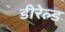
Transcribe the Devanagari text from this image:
डीरेल्ड